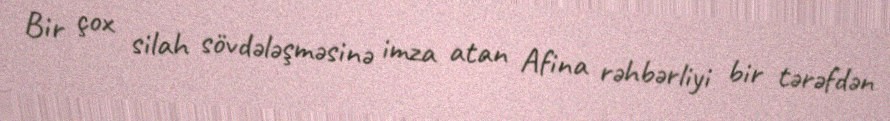
Bir çox silah sövdələşməsinə imza atan Afina rəhbərliyi bir tərəfdən